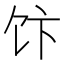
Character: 𱃴